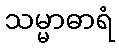
သမ္မာဓာရံ